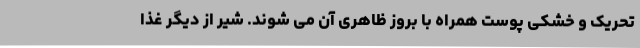
تحریک و خشکی پوست همراه با بروز ظاهری آن می شوند. شیر از دیگر غذا